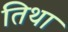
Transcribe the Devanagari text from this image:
तिथा